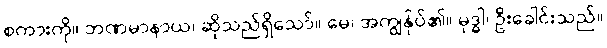
စကားကို။ ဘဏမာနာယ၊ ဆိုသည်ရှိသော်။ မေ၊ အကျွန်ုပ်၏။ မုဒ္ဓါ၊ ဦးခေါင်းသည်။